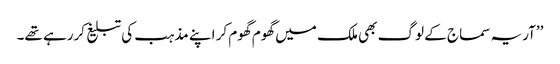
’’آریہ سماج کے لوگ بھی ملک میں گھوم گھوم کر اپنے مذہب کی تبلیغ کررہے تھے۔